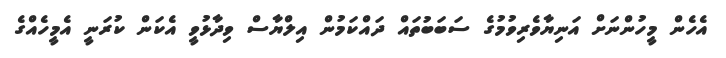
އެހެން މީހުންނަށް އަނިޔާވެރިވުމުގެ ސަބަބުތައް ދައްކަމުން އިލްޔާސް ވިދާޅުވީ އެކަން ކުރަނީ އެމީހެއްގެ